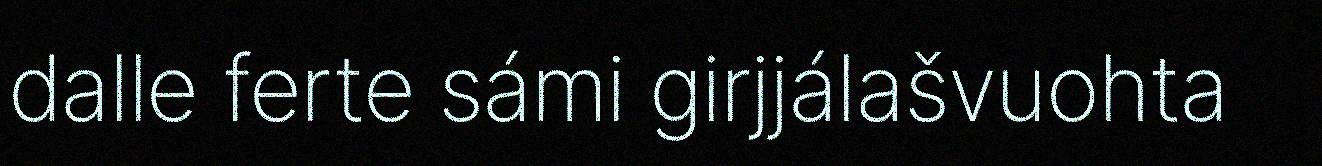
dalle ferte sámi girjjálašvuohta